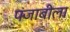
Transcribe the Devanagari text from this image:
पंजाबीला